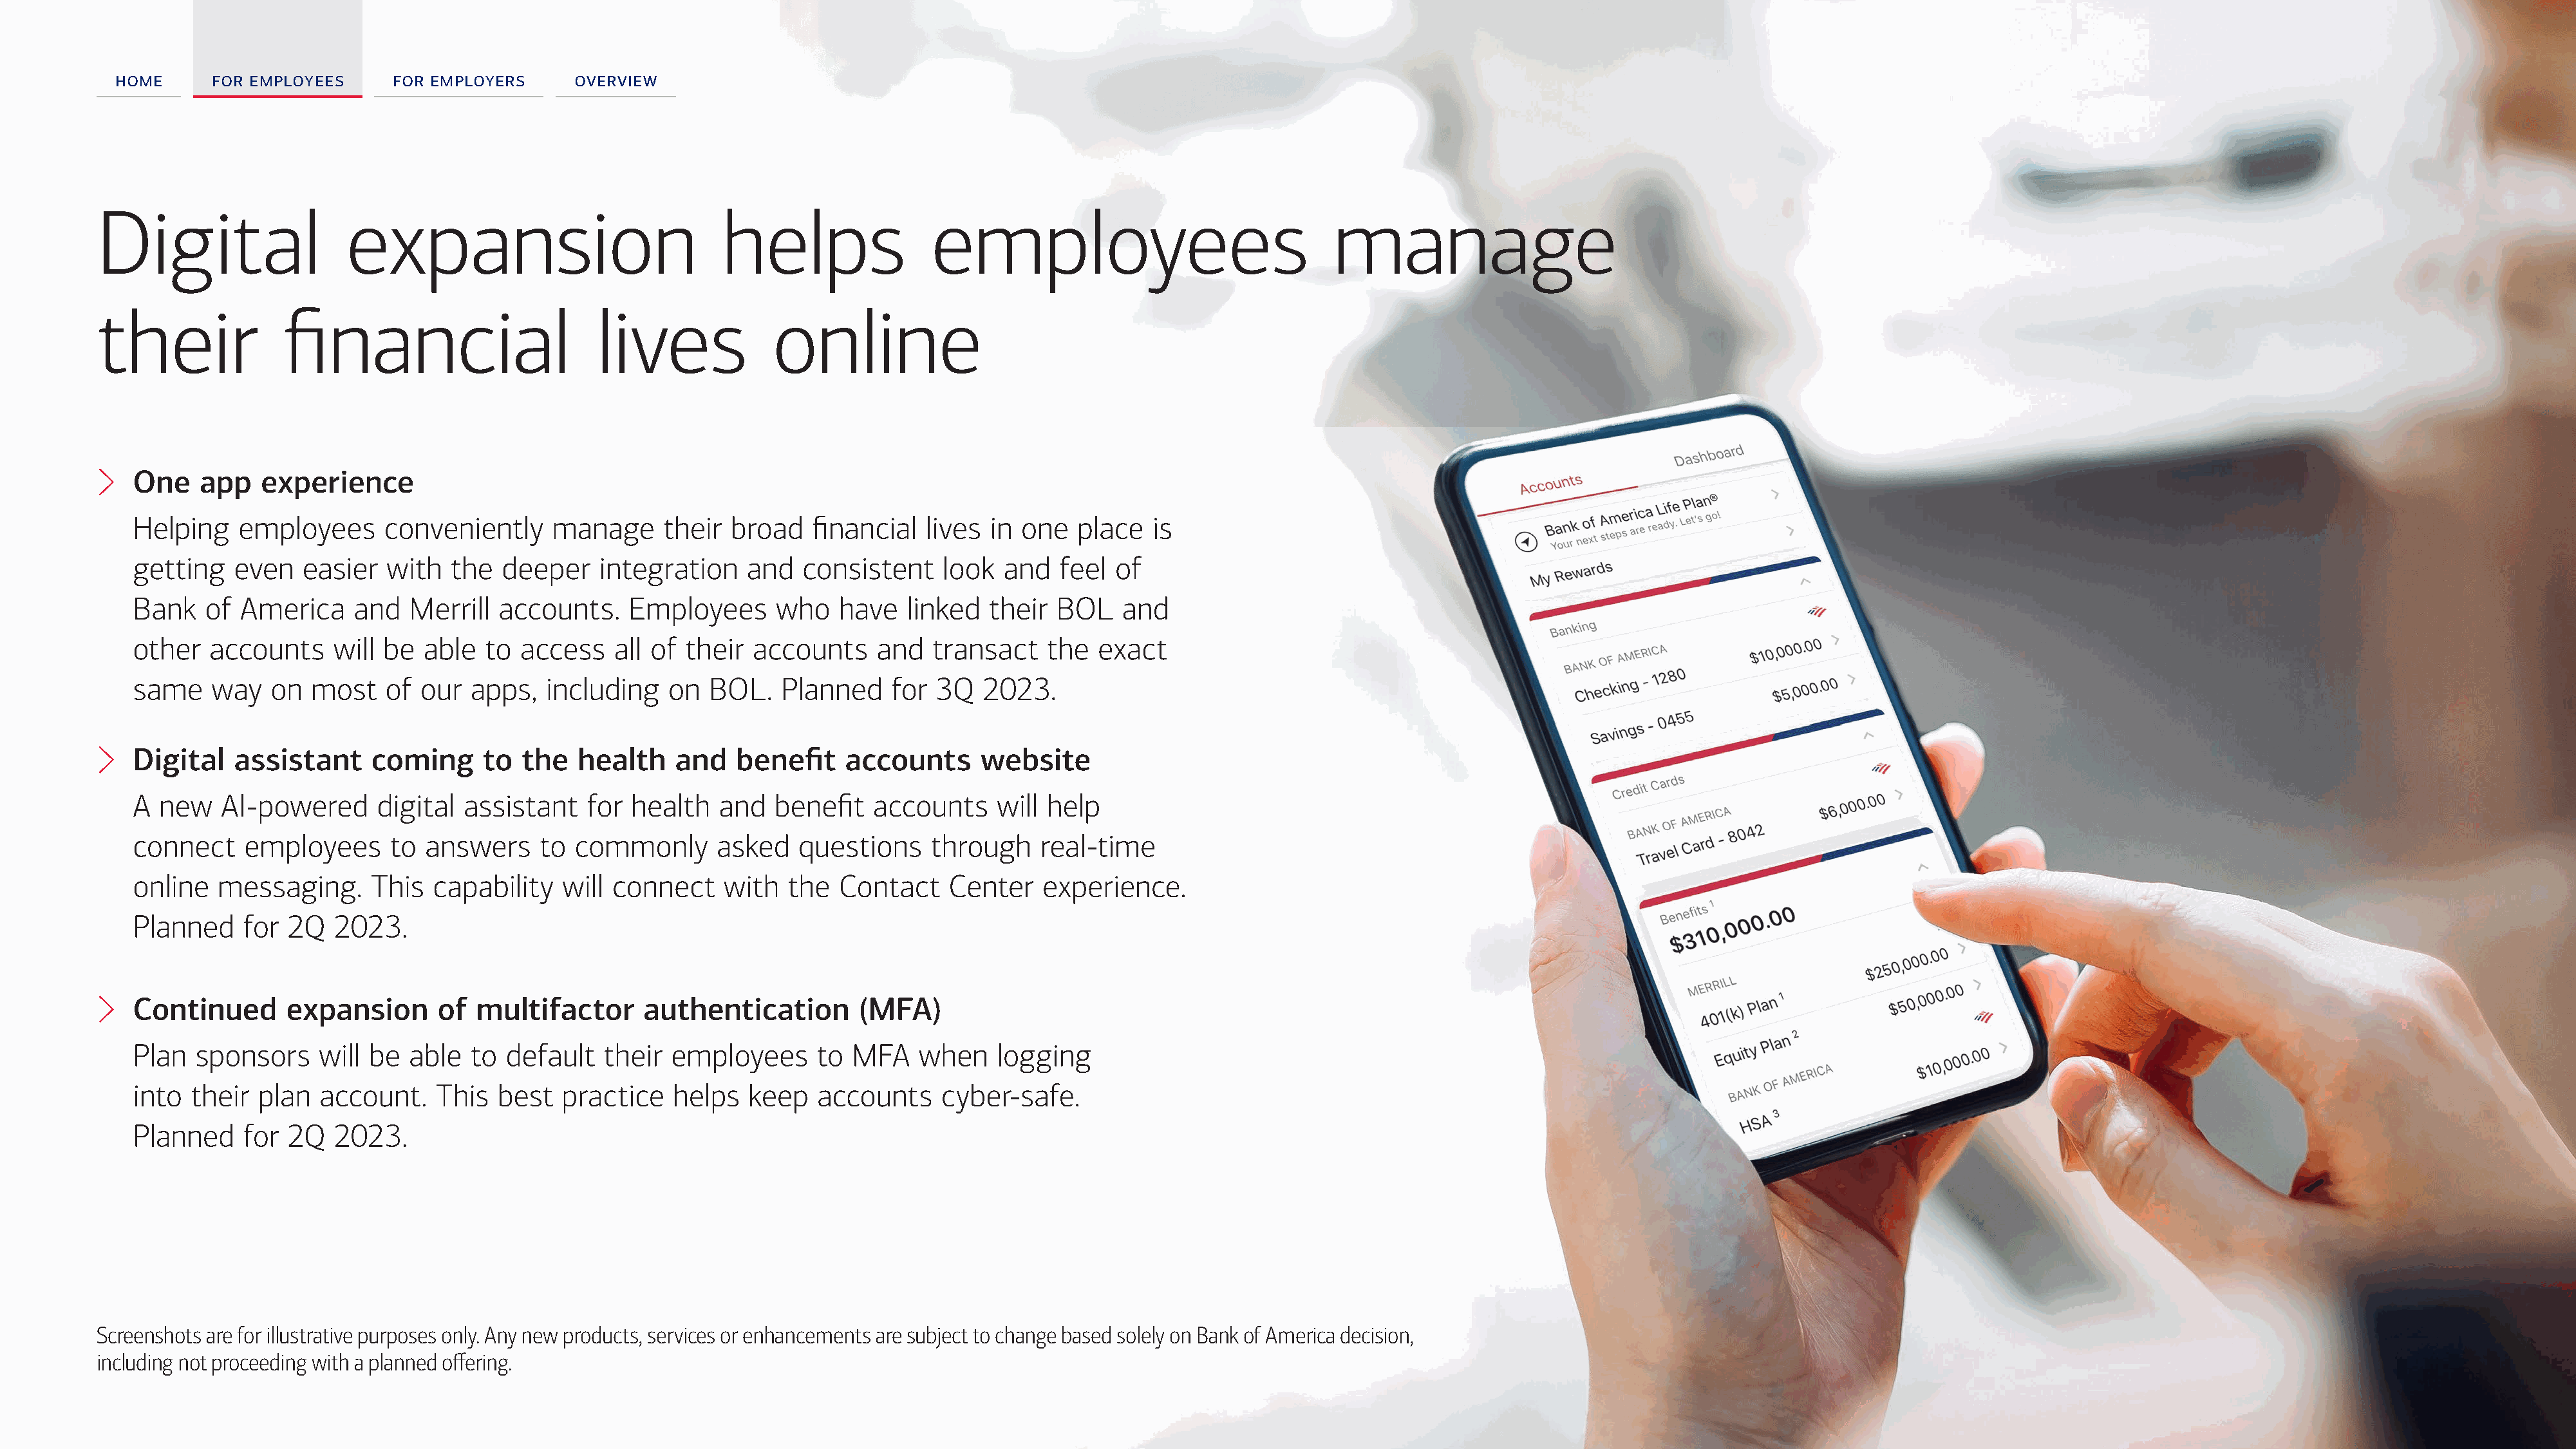
home      for employees     for employers      overview
 Digital                   expansion                             helps                 employees                                manage
 their              financial                       lives             online
 One    app   experience
 Helping    employees     conveniently      manage     their  broad   financial   lives  in one   place  is
 getting   even   easier   with  the   deeper    integration    and  consistent     look  and   feel  of
 Bank   of  America    and   Merrill  accounts.     Employees      who   have   linked   their  BOL   and
 other   accounts    will be   able  to access    all of their  accounts     and   transact    the  exact
 same    way   on  most    of our  apps,   including    on  BOL.   Planned     for 3Q   2023.
 Digital   assistant     coming      to  the  health    and    benefit    accounts      website
 A new    AI-powered      digital  assistant   for  health   and   benefit   accounts    will  help
 connect    employees      to  answers    to  commonly       asked   questions     through    real-time
 online  messaging.      This  capability    will connect    with   the  Contact     Center   experience.
 Planned    for  2Q  2023.
 Continued      expansion       of  multifactor      authentication        (MFA)
 Plan  sponsors     will be  able  to  default   their  employees      to  MFA   when    logging
 into  their  plan  account.    This  best   practice   helps   keep   accounts     cyber-safe.
 Planned    for  2Q  2023.
 Screenshots are for illustrative purposes only. Any new products, services or enhancements are subject to change based solely on Bank of America decision,
 including not proceeding with a planned offering.